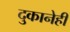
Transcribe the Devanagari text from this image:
दुकानेही